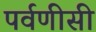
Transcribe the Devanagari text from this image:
पर्वणीसी